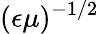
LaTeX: (\epsilon\mu)^{-1/2}